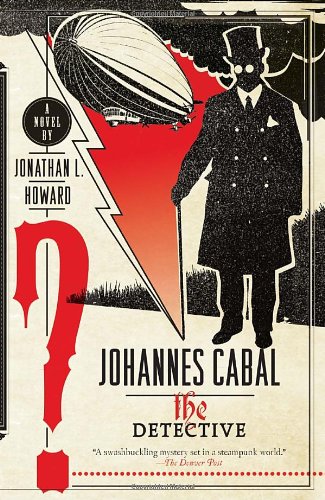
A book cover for Johannes Cabal the Detective; Jonathan L. Howard; Science Fiction & Fantasy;